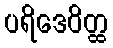
ပရိဒေဝိတ္ထ